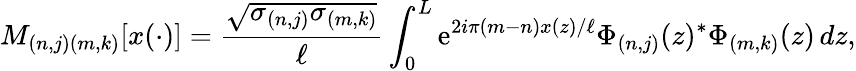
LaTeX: M_{(n,j)(m,k)}\lbrack x(\cdot)\rbrack=\frac{\sqrt{\sigma_{(n,j)}\sigma_{(m,k)}}}{\ell}\int_{0}^{L}\mathrm{e}^{2i\pi(m-n)x(z)/\ell}\Phi_{(n,j)}(z)^{\ast}\Phi_{(m,k)}(z)\, dz,